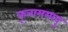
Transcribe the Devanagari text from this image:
कूनाममावु